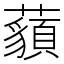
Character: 𧂀